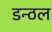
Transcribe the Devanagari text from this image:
डन्ठल